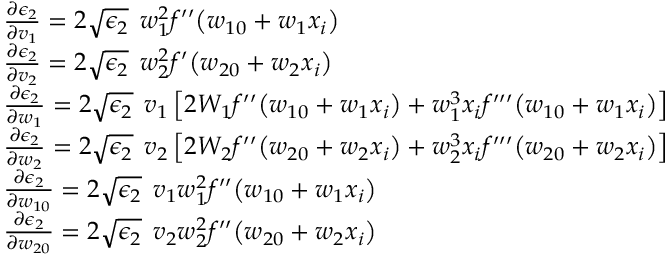
\begin{array} { r l } & { \frac { \partial \epsilon _ { 2 } } { \partial v _ { 1 } } = 2 \sqrt { \epsilon _ { 2 } } \: \: w _ { 1 } ^ { 2 } f ^ { \prime \prime } \big ( w _ { 1 0 } + w _ { 1 } x _ { i } \big ) } \\ & { \frac { \partial \epsilon _ { 2 } } { \partial v _ { 2 } } = 2 \sqrt { \epsilon _ { 2 } } \: \: w _ { 2 } ^ { 2 } f ^ { \prime } \big ( w _ { 2 0 } + w _ { 2 } x _ { i } \big ) } \\ & { \frac { \partial \epsilon _ { 2 } } { \partial w _ { 1 } } = 2 \sqrt { \epsilon _ { 2 } } \: \: v _ { 1 } \left[ 2 W _ { 1 } f ^ { \prime \prime } \big ( w _ { 1 0 } + w _ { 1 } x _ { i } \big ) + w _ { 1 } ^ { 3 } x _ { i } f ^ { \prime \prime \prime } \big ( w _ { 1 0 } + w _ { 1 } x _ { i } \big ) \right] } \\ & { \frac { \partial \epsilon _ { 2 } } { \partial w _ { 2 } } = 2 \sqrt { \epsilon _ { 2 } } \: \: v _ { 2 } \left[ 2 W _ { 2 } f ^ { \prime \prime } \big ( w _ { 2 0 } + w _ { 2 } x _ { i } \big ) + w _ { 2 } ^ { 3 } x _ { i } f ^ { \prime \prime \prime } \big ( w _ { 2 0 } + w _ { 2 } x _ { i } \big ) \right] } \\ & { \frac { \partial \epsilon _ { 2 } } { \partial w _ { 1 0 } } = 2 \sqrt { \epsilon _ { 2 } } \: \: v _ { 1 } w _ { 1 } ^ { 2 } f ^ { \prime \prime } \big ( w _ { 1 0 } + w _ { 1 } x _ { i } \big ) } \\ & { \frac { \partial \epsilon _ { 2 } } { \partial w _ { 2 0 } } = 2 \sqrt { \epsilon _ { 2 } } \: \: v _ { 2 } w _ { 2 } ^ { 2 } f ^ { \prime \prime } \big ( w _ { 2 0 } + w _ { 2 } x _ { i } \big ) } \end{array}